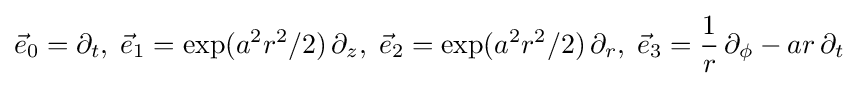
{\vec {e}}_{0}=\partial _{t},\;{\vec {e}}_{1}=\exp(a^{2}r^{2}/2)\,\partial _{z},\;{\vec {e}}_{2}=\exp(a^{2}r^{2}/2)\,\partial _{r},\;{\vec {e}}_{3}={\frac {1}{r}}\,\partial _{\phi }-ar\,\partial _{t}